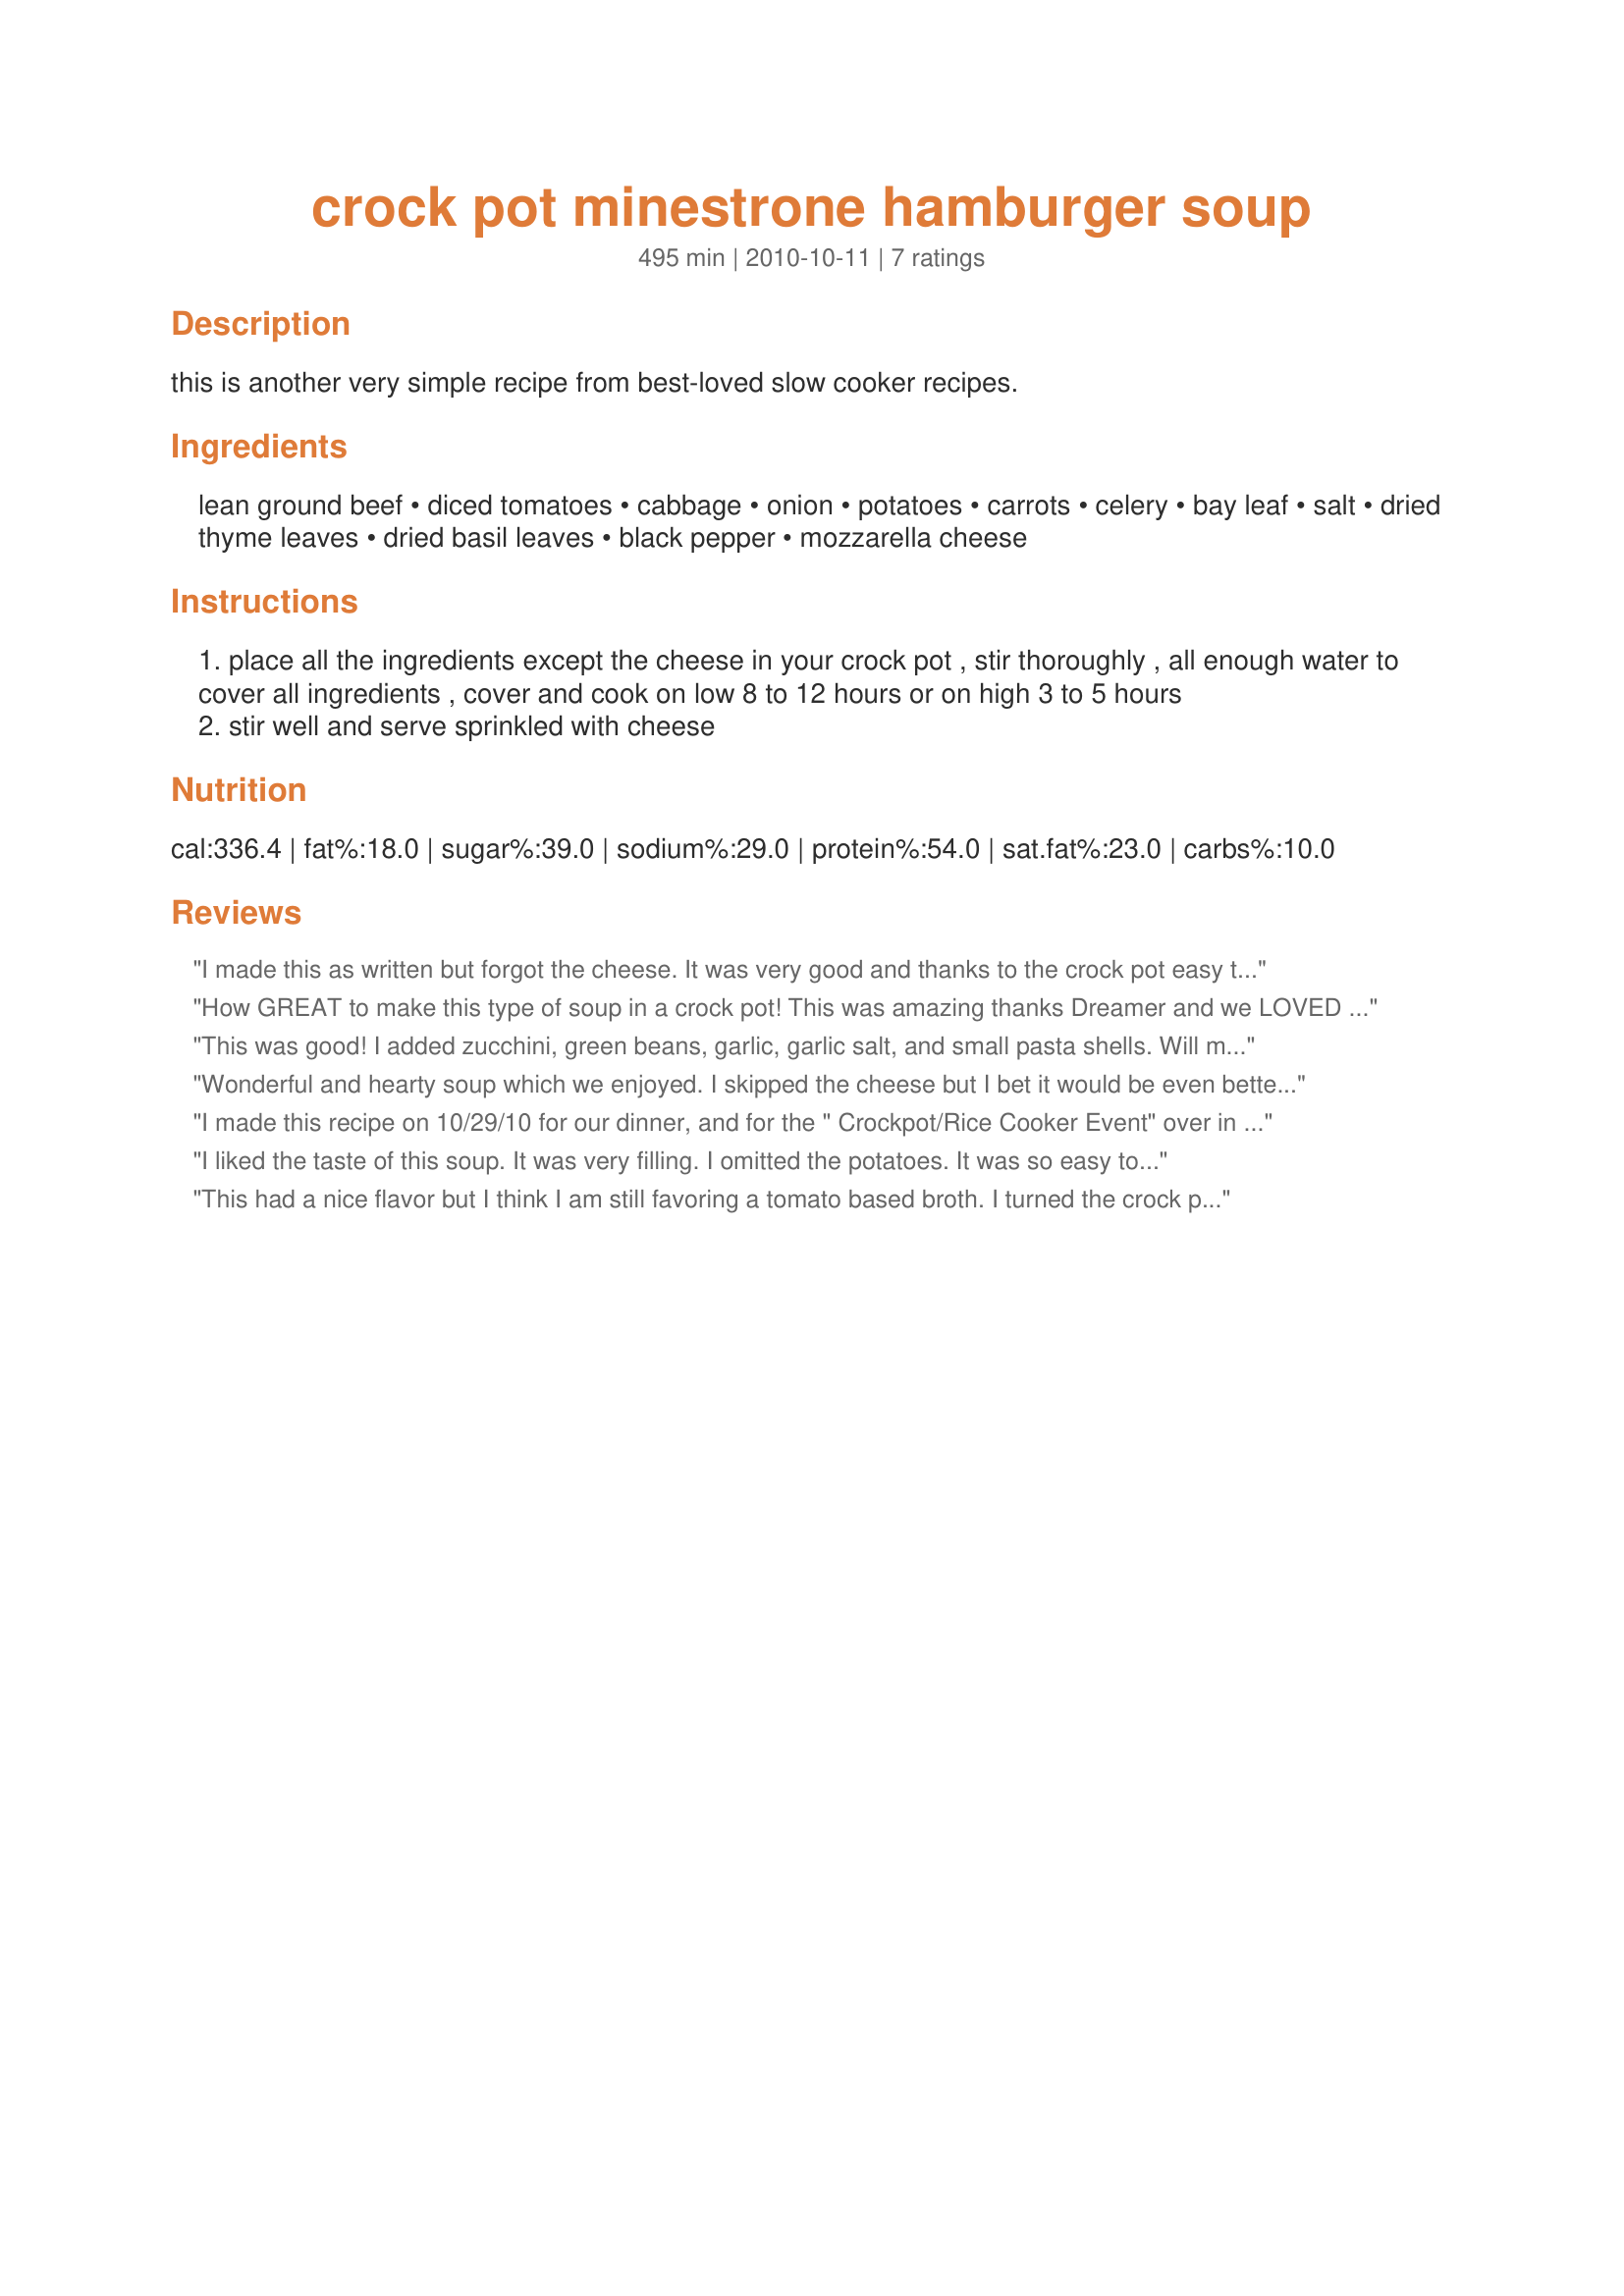
crock pot minestrone hamburger soup
Preparation time: 495 minutes

this is another very simple recipe from best-loved slow cooker recipes.

Ingredients:
lean ground beef, diced tomatoes, cabbage, onion, potatoes, carrots, celery, bay leaf, salt, dried thyme leaves, dried basil leaves, black pepper, mozzarella cheese

Steps:
place all the ingredients except the cheese in your crock pot , stir thoroughly , all enough water to cover all ingredients , cover and cook on low 8 to 12 hours or on high 3 to 5 hours
stir well and serve sprinkled with cheese

Reviews:
I made this as written but forgot the cheese. It was very good and thanks to the crock pot easy to make. I'll make it again. Thanks for sharing.
How GREAT to make this type of soup in a crock pot! This was amazing thanks Dreamer and we LOVED the addition of the meatballs too. This is my second time of posting this review, I hope it and the stars stick this time! Made for you Crock Pot game in Europe on a Plate in KK's forum.
This was good! I added zucchini, green beans, garlic, garlic salt, and small pasta shells. Will make this again.
Wonderful and hearty soup which we enjoyed. I skipped the cheese but I bet it would be even better with the cheese. As this uses ingredients we always have on hand we will be having this often. Thanks for sharing!
I made this recipe on 10/29/10 for our dinner, and for the " Crockpot/Rice Cooker Event" over in KK's Forum.Even before reading Lauralie41's review I had decided to make a few changes to the recipe anyway. Here are the changes,while the ground beef was browning a bit of seasoned salt,and garlic powder were added.After prepping,I just threw the veggies in the crockpot then topped with the cooked beef. Then instead of using the 28 oz can of tomatoes, I used two 14.5 oz. cans of fire roasted diced tomatoes w/ garlic already in them. Then the seasoning were added and stirred well. This recipe was cooked on low for 8 hours exactly and turned out just fine.No mushy potatoes or carrots, and the cabbage just had a perfect texture. I used a Mozzarella/Romano blend and it worked out just great. And since it was an Italian type soup, I topped my serving with a few garlic/ cheese croutons. All I can say is YUM!!!. Thanks for posting and, " Keep Smiling :) "
I liked the taste of this soup. It was very filling. I omitted the potatoes. It was so easy to do in the crock pot. There was just not a lot of liquid but that was fine with me. Thanks Dreamer :) Made for PRMR tag game
This had a nice flavor but I think I am still favoring a tomato based broth. I turned the crock pot on high, let it heat up, then added the ground round and broke it up into small pieces and added some minced garlic. Next time I would brown the meat with the onion and garlic then add it to the crock pot. A small sized pasta would be nice to add to the soup too. Made and reviewed for Kittencal's Crock Pot and Rice Cooker Tag Game.
